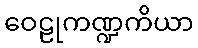
ဝေဠုကဏ္ဍကိယာ